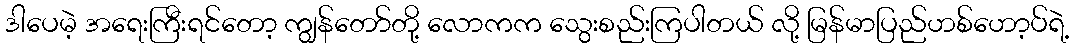
ဒါပေမဲ့ အရေးကြီးရင်တော့ ကျွန်တော်တို့ လောကက သွေးစည်းကြပါတယ် လို့ မြန်မာပြည်ဟစ်ဟော့ပ်ရဲ့